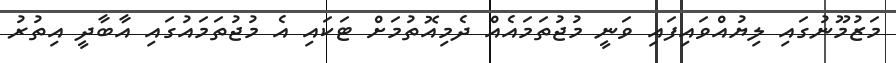
މަޒުމޫނުގައި ލިޔުއްވައިފައި ވަނީ މުޖުތަމައެއް ދެމިއޮތުމަށް ޓަކައި އެ މުޖުތަމައުގައި އާބާދީ އިތުރު